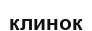
клинок